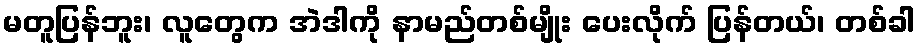
မတူပြန်ဘူး၊ လူတွေက အဲဒါကို နာမည်တစ်မျိုး ပေးလိုက် ပြန်တယ်၊ တစ်ခါ